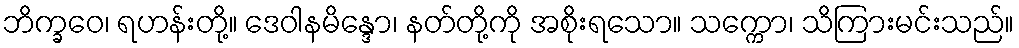
ဘိက္ခဝေ၊ ရဟန်းတို့။ ဒေဝါနမိန္ဒော၊ နတ်တို့ကို အစိုးရသော။ သက္ကော၊ သိကြားမင်းသည်။